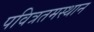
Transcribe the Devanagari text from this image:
पवित्रतमस्थान